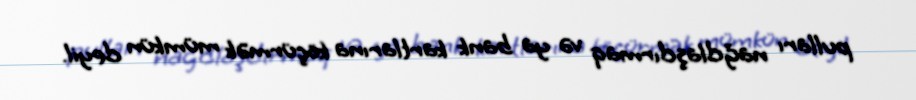
pulları nağdlaşdırmaq və ya bank kartlarına köçürmək mümkün deyil.